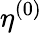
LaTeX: \mathbf{\eta}^{(0)}